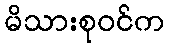
မိသားစုဝင်က